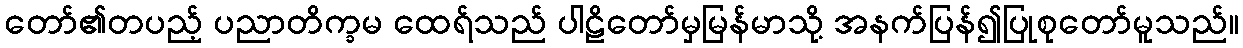
တော်၏တပည့် ပညာတိက္ခမ ထေရ်သည် ပါဠိတော်မှမြန်မာသို့ အနက်ပြန်၍ပြုစုတော်မူသည်။